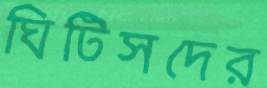
ঘিটিসদের